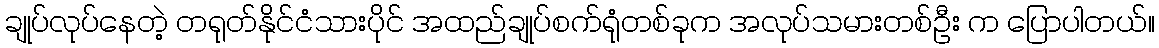
ချုပ်လုပ်နေတဲ့ တရုတ်နိုင်ငံသားပိုင် အထည်ချုပ်စက်ရုံတစ်ခုက အလုပ်သမားတစ်ဦး က ပြောပါတယ်။